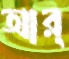
আর্